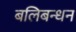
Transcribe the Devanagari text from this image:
बलिबन्धन